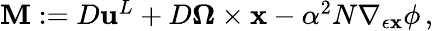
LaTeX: \begin{array}{r}{\mathbf{M}:={D}{\mathbf{u}}^{L}+{D}\boldsymbol{\Omega}\times{\mathbf{x}}-\alpha^{2}N\nabla_{\epsilon{\mathbf{x}}}\phi\, ,}\end{array}